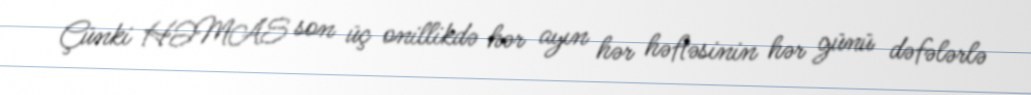
Çünki HƏMAS son üç onillikdə hər ayın hər həftəsinin hər günü dəfələrlə